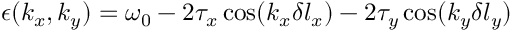
\epsilon ( k _ { x } , k _ { y } ) = \omega _ { 0 } - 2 \tau _ { x } \cos ( k _ { x } \delta l _ { x } ) - 2 \tau _ { y } \cos ( k _ { y } \delta l _ { y } )